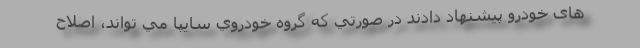
های خودرو پيشنهاد دادند در صورتي كه گروه خودروي سايپا مي تواند، اصلاح